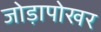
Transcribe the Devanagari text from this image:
जोड़ापोखर